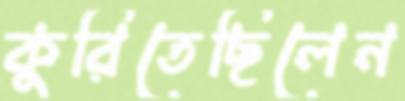
কুরিতেছিলেন